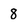
Character: 8